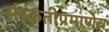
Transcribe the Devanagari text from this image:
संस्कृतीप्रमाणेच